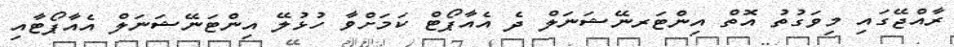
ރާއްޖޭގައި މިވަގުތު އޮތް އިންޓަރނޭޝަނަލް ދެ އެއާޕޯޓް ކަމަށްވާ ހުޅުލޭ އިންޓަނޭޝަނަލް އެއާޕޯޓާއި